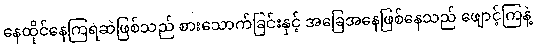
နေထိုင်နေကြရဆဲဖြစ်သည် စားသောက်ခြင်းနှင့် အခြေအနေဖြစ်နေသည် ဖျောင့်ကြနဲ့